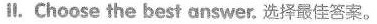
ll. Choose the best answer. 选择最佳答案。